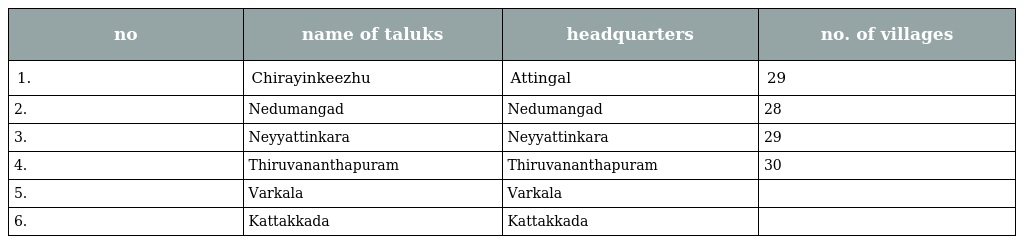
| no | name of taluks | headquarters | no. of villages |
 | --- | --- | --- | --- |
 | 1. | Chirayinkeezhu | Attingal | 29 |
 | 2. | Nedumangad | Nedumangad | 28 |
 | 3. | Neyyattinkara | Neyyattinkara | 29 |
 | 4. | Thiruvananthapuram | Thiruvananthapuram | 30 |
 | 5. | Varkala | Varkala |  |
 | 6. | Kattakkada | Kattakkada |  |